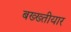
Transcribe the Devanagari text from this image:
बख्ख्तीयार